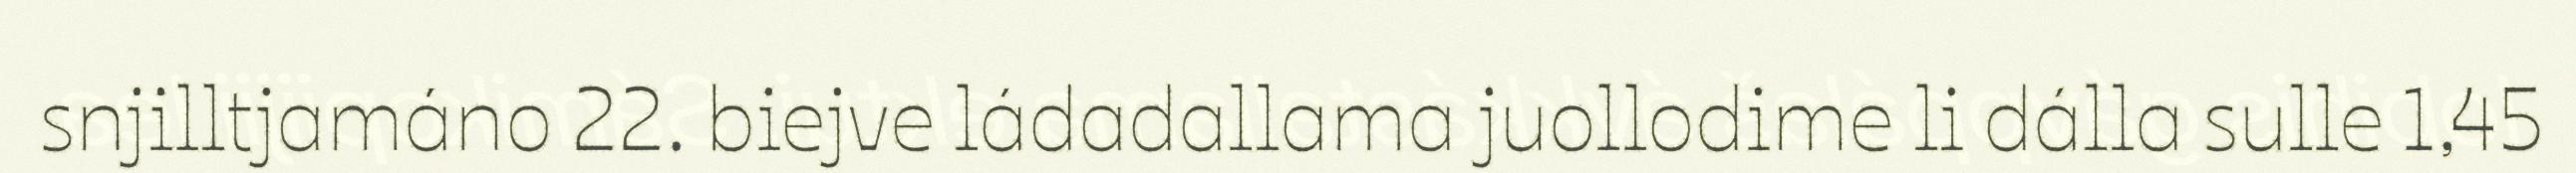
snjilltjamáno 22. biejve ládadallama juollodime li dálla sulle 1,45